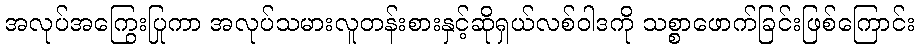
အလုပ်အကြွေးပြုကာ အလုပ်သမားလူတန်းစားနှင့်ဆိုရှယ်လစ်ဝါဒကို သစ္စာဖောက်ခြင်းဖြစ်ကြောင်း